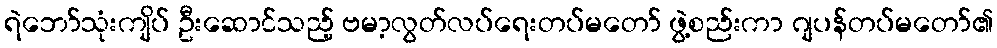
ရဲဘော်သုံးကျိပ် ဦးဆောင်သည့် ဗမာ့လွတ်လပ်ရေးတပ်မတော် ဖွဲ့စည်းကာ ဂျပန်တပ်မတော်၏